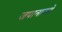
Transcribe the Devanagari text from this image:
जपानातले